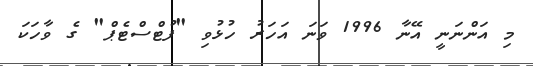
މި އަންނަނީ އޭނާ 1996 ވަނަ އަހަރު ހުޅުވި "ފުޓްސްޓެޕް" ގެ ވާހަކަ